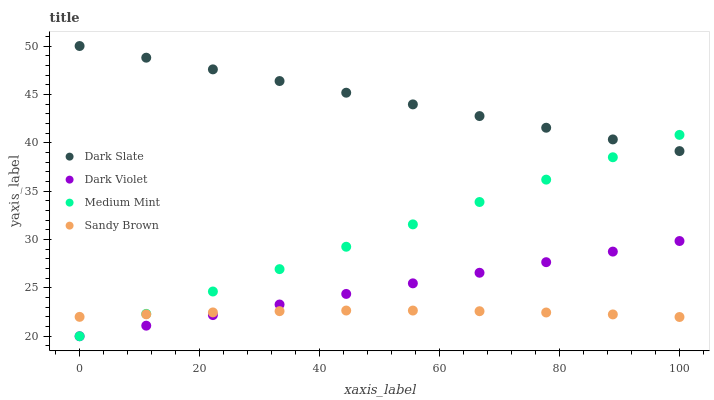
| xaxis_label | Dark Slate | Dark Violet | Medium Mint | Sandy Brown |
 | --- | --- | --- | --- | --- |
 | 0 | 50 | 20 | 20 | 22 |
 | 11.1 | 48.8 | 21.1 | 22.3 | 22.3 |
 | 22.2 | 47.6 | 22.2 | 24.6 | 22.5 |
 | 33.3 | 46.4 | 23.3 | 26.9 | 22.6 |
 | 44.4 | 45.2 | 24.4 | 29.3 | 22.7 |
 | 55.6 | 44 | 25.5 | 31.6 | 22.7 |
 | 66.7 | 42.8 | 26.6 | 33.9 | 22.6 |
 | 77.8 | 41.6 | 27.7 | 36.2 | 22.5 |
 | 88.9 | 40.3 | 28.8 | 38.5 | 22.3 |
 | 100 | 39.1 | 29.8 | 40.8 | 22 |